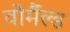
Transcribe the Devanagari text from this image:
वोर्मैल्ड